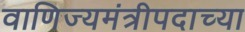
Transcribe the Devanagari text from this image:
वाणिज्यमंत्रीपदाच्या